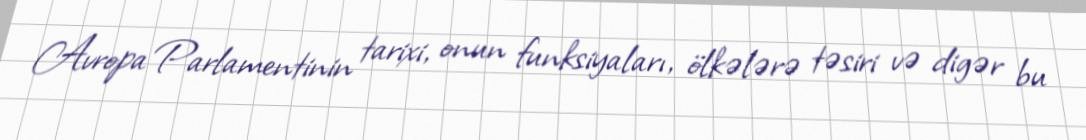
Avropa Parlamentinin tarixi, onun funksiyaları, ölkələrə təsiri və digər bu